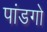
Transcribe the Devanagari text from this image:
पांडगो